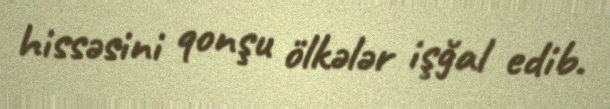
hissəsini qonşu ölkələr işğal edib.